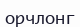
орчлонг